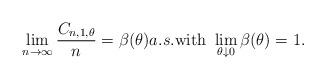
LaTeX: \begin{align*} \lim_{n \rightarrow \infty} \frac{C_{n,1,\theta}}{n} = \beta(\theta) a.s. \mbox{with } \lim_{\theta \downarrow 0} \beta(\theta) = 1.\end{align*}